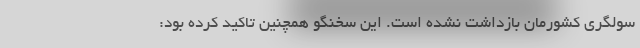
سولگری کشورمان بازداشت نشده است. این سخنگو همچنین تاکید کرده بود: